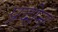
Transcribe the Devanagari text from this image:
प्रदोन